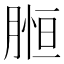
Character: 𦞌